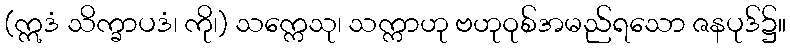
(ဣဒံ သိက္ခာပဒံ၊ ကို၊) သက္ကေသု၊ သက္ကာဟု ဗဟုဝုစ်အမည်ရသော ဇနပုဒ်၌။